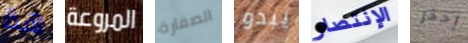
هذا المروعة الصفارة يبدو الإنتصار إحذر